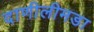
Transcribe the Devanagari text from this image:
दाणीलीमडा